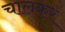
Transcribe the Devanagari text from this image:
चालकर